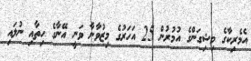
އެމެރިކާގެ މިޝިގަންގެ އުމުރުން 25 އަހަރުގެ މިޒުވާނާ ވަނީ އޭނާގެ ހިތާއި ނުލައި